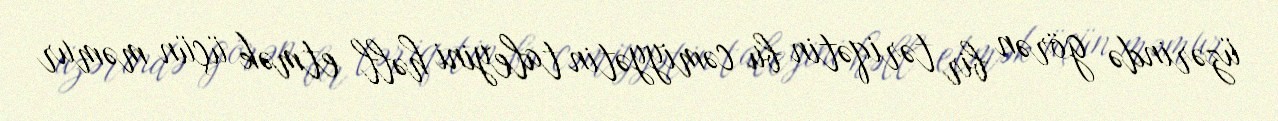
üzərində görən bir təriqətin bu cəmiyyətin taleyini həll etmək üçün məmur